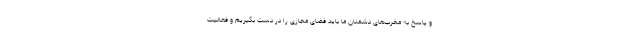
و پاسخ به مخرب‌های دشمنان ما باید فضای مجازی را در دست بگیریم و فعالیت